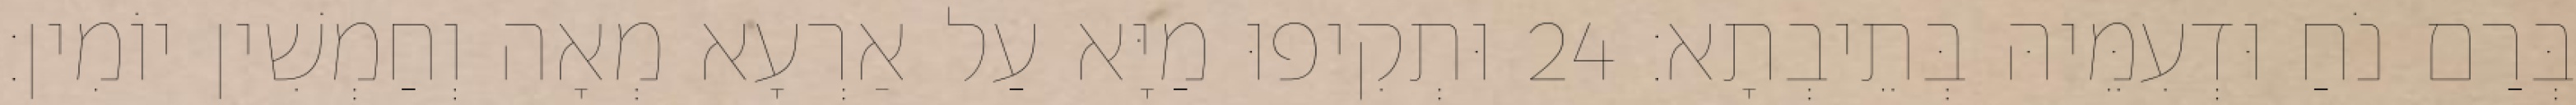
בְּרַם נֹחַ וּדְעִמֵּיהּ בְּתֵיבְתָא׃ 24 וּתְקִיפוּ מַיָּא עַל אַרְעָא מְאָה וְחַמְשִׁין יוֹמִין׃